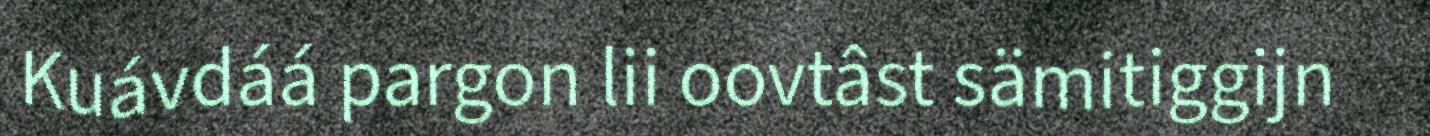
Kuávdáá pargon lii oovtâst sämitiggijn